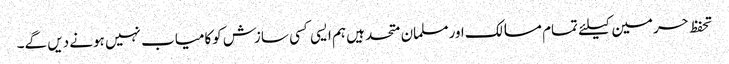
تحفظ حرمین کیلئے تمام مسالک اورمسلمان متحد ہیں ہم ایسی کسی سازش کوکامیاب نہیں ہونے دیں گے۔